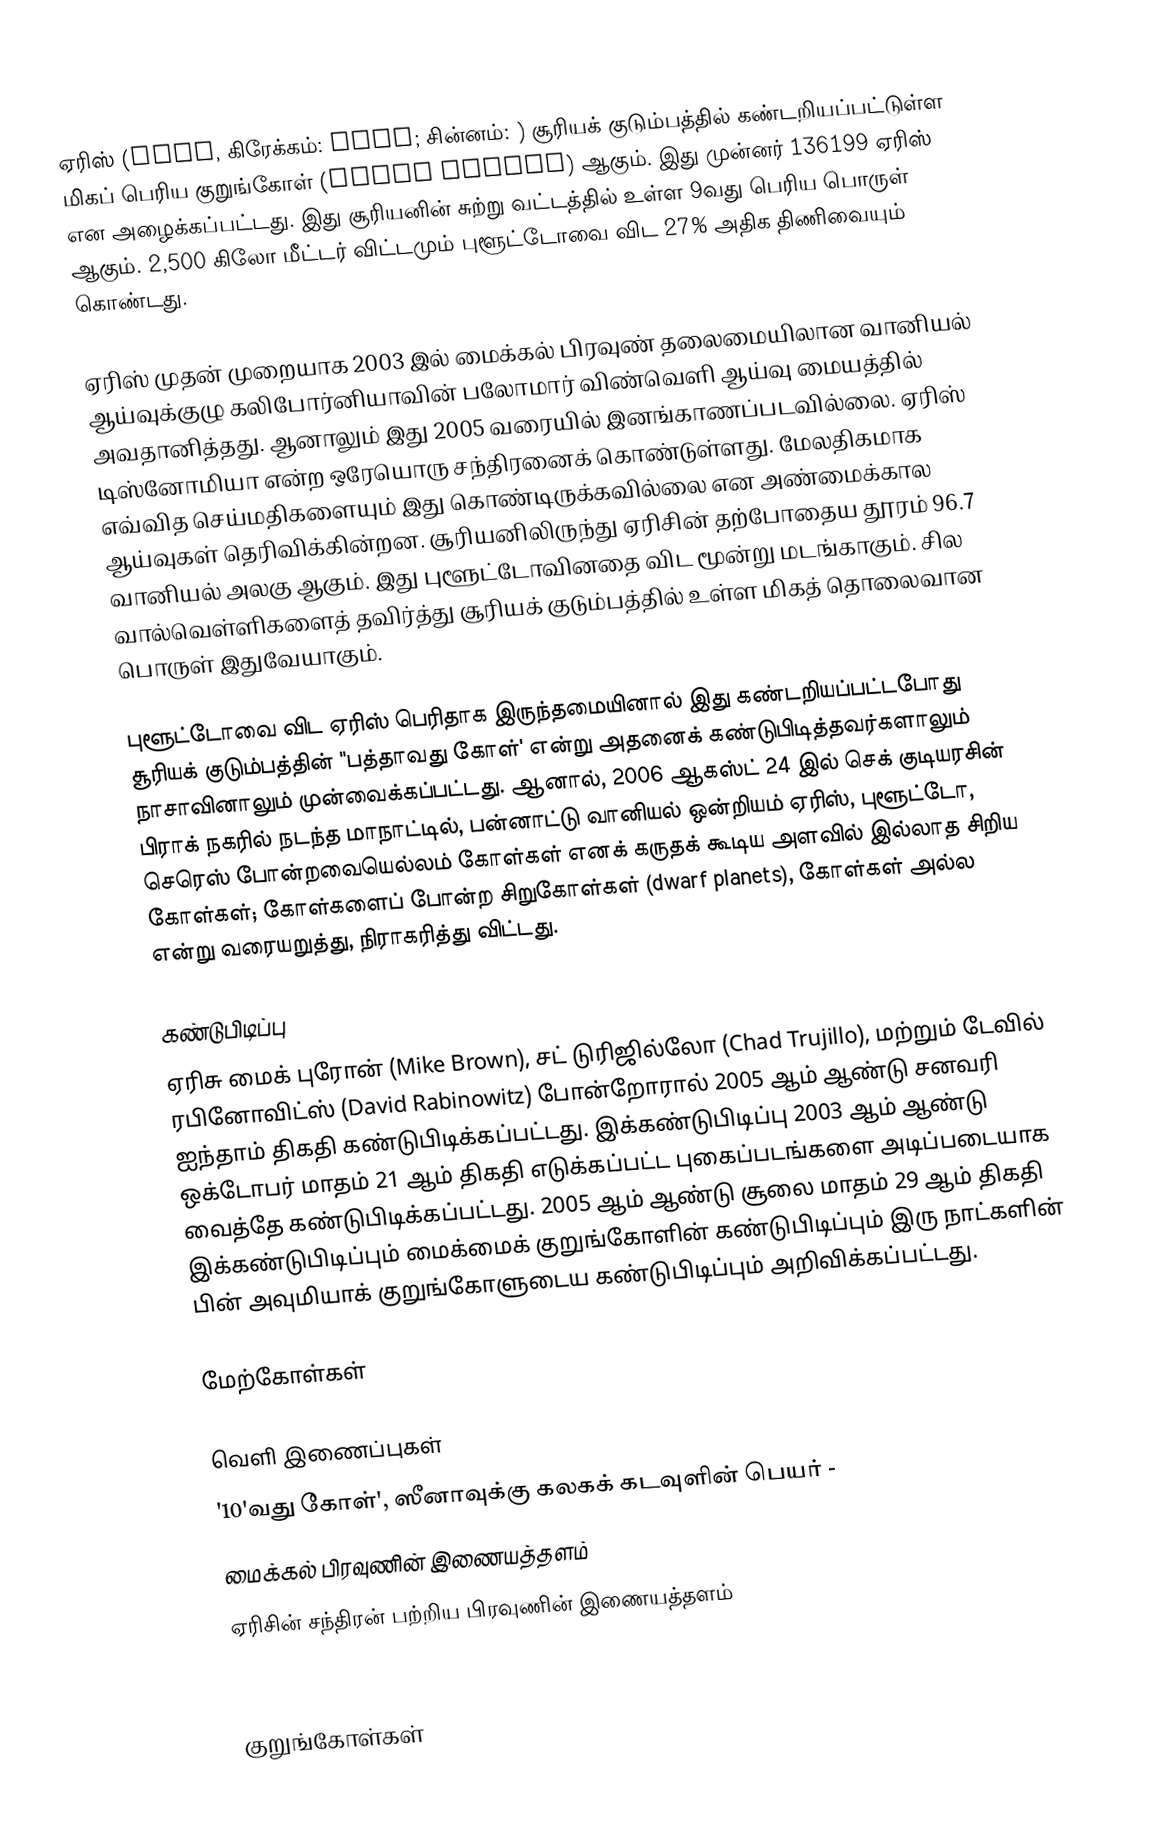
ஏரிஸ் (Eris, கிரேக்கம்: Έρις; சின்னம்: ) சூரியக் குடும்பத்தில் கண்டறியப்பட்டுள்ள மிகப் பெரிய குறுங்கோள் (dwarf planet) ஆகும். இது முன்னர் 136199 ஏரிஸ் என அழைக்கப்பட்டது. இது சூரியனின் சுற்று வட்டத்தில் உள்ள 9வது பெரிய பொருள் ஆகும். 2,500 கிலோ மீட்டர் விட்டமும் புளூட்டோவை விட 27% அதிக திணிவையும் கொண்டது.

ஏரிஸ் முதன் முறையாக 2003 இல் மைக்கல் பிரவுண் தலைமையிலான வானியல் ஆய்வுக்குழு கலிபோர்னியாவின் பலோமார் விண்வெளி ஆய்வு மையத்தில் அவதானித்தது. ஆனாலும் இது 2005 வரையில் இனங்காணப்படவில்லை. ஏரிஸ் டிஸ்னோமியா என்ற ஒரேயொரு சந்திரனைக் கொண்டுள்ளது. மேலதிகமாக எவ்வித செய்மதிகளையும் இது கொண்டிருக்கவில்லை என அண்மைக்கால ஆய்வுகள் தெரிவிக்கின்றன. சூரியனிலிருந்து ஏரிசின் தற்போதைய தூரம் 96.7 வானியல் அலகு ஆகும். இது புளூட்டோவினதை விட மூன்று மடங்காகும். சில வால்வெள்ளிகளைத் தவிர்த்து சூரியக் குடும்பத்தில் உள்ள மிகத் தொலைவான பொருள் இதுவேயாகும்.

புளூட்டோவை விட ஏரிஸ் பெரிதாக இருந்தமையினால் இது கண்டறியப்பட்டபோது சூரியக் குடும்பத்தின் "பத்தாவது கோள்' என்று அதனைக் கண்டுபிடித்தவர்களாலும் நாசாவினாலும் முன்வைக்கப்பட்டது. ஆனால், 2006 ஆகஸ்ட் 24 இல் செக் குடியரசின் பிராக் நகரில் நடந்த மாநாட்டில், பன்னாட்டு வானியல் ஒன்றியம் ஏரிஸ், புளூட்டோ, செரெஸ் போன்றவையெல்லம் கோள்கள் எனக் கருதக் கூடிய அளவில் இல்லாத சிறிய கோள்கள்; கோள்களைப் போன்ற சிறுகோள்கள் (dwarf planets), கோள்கள் அல்ல என்று வரையறுத்து, நிராகரித்து விட்டது.

கண்டுபிடிப்பு
ஏரிசு மைக் புரோன் (Mike Brown), சட் டுரிஜில்லோ (Chad Trujillo), மற்றும் டேவில் ரபினோவிட்ஸ் (David Rabinowitz) போன்றோரால்  2005 ஆம் ஆண்டு சனவரி ஐந்தாம் திகதி கண்டுபிடிக்கப்பட்டது. இக்கண்டுபிடிப்பு 2003 ஆம் ஆண்டு ஒக்டோபர் மாதம் 21 ஆம் திகதி எடுக்கப்பட்ட புகைப்படங்களை அடிப்படையாக வைத்தே கண்டுபிடிக்கப்பட்டது. 2005 ஆம் ஆண்டு சூலை மாதம் 29 ஆம் திகதி இக்கண்டுபிடிப்பும் மைக்மைக் குறுங்கோளின் கண்டுபிடிப்பும் இரு நாட்களின் பின் அவுமியாக் குறுங்கோளுடைய கண்டுபிடிப்பும் அறிவிக்கப்பட்டது.

மேற்கோள்கள்

வெளி இணைப்புகள்
 '10'வது கோள்', ஸீனாவுக்கு கலகக் கடவுளின் பெயர்  -
 மைக்கல் பிரவுணின் இணையத்தளம்
 ஏரிசின் சந்திரன் பற்றிய பிரவுணின் இணையத்தளம்

குறுங்கோள்கள்